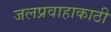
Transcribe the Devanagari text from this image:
जलप्रवाहाकाठी